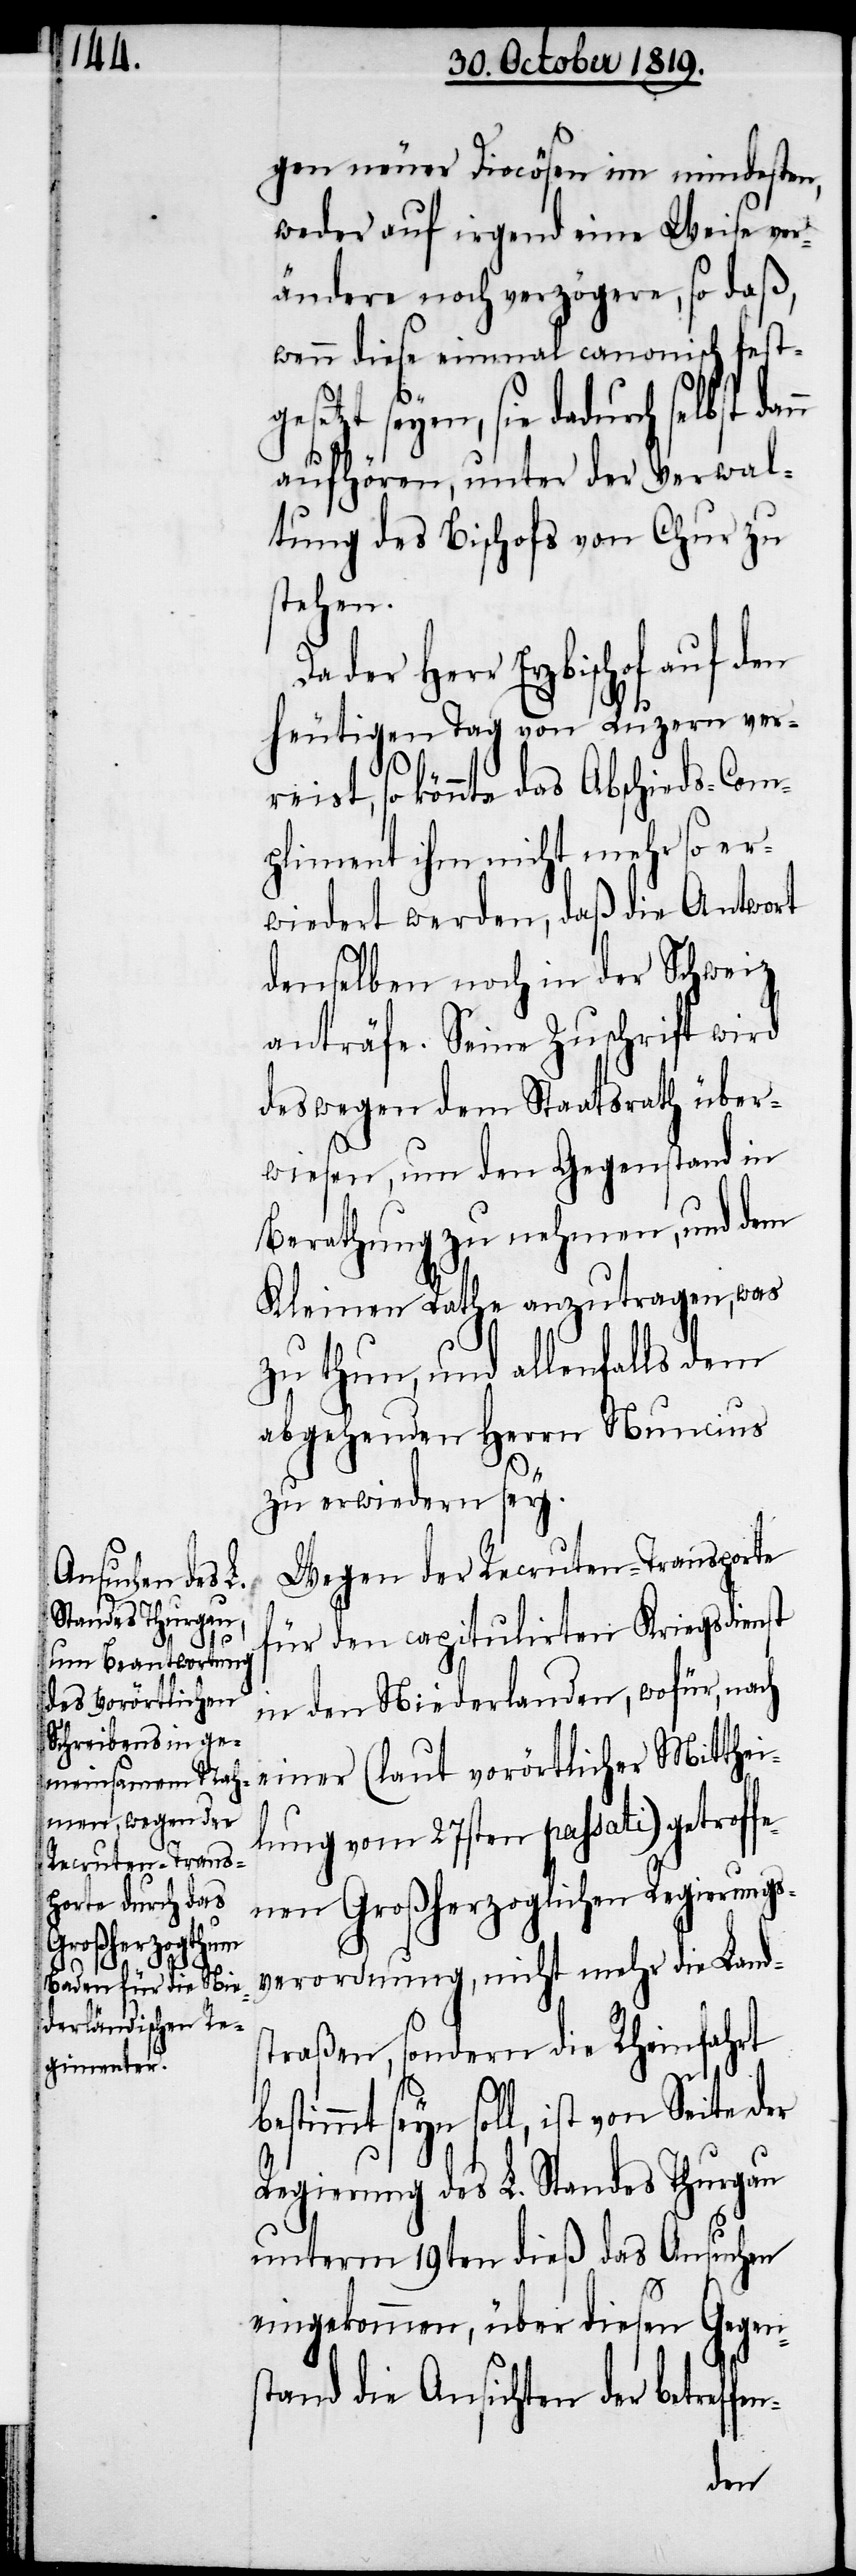
gen neuer Diocösen im mindesten,
weder auf irgend eine Weise ver¬
ändere noch verzögere, so daß,
wenn diese einmal canonisch festge¬
setzt seyen, sie dadurch selbst
aufhören, unter der Verwal¬
tung des Bischofs von Chur zu
stehen.
Herr Erzbischof auf den
heutigen Tag von Luzern ver¬
reist, so könnte das Abschieds-Com¬
pliment ihm nicht mehr so er¬
wiedert werden, daß die Antwort
denselben noch in der Schweiz
anträfe. Seine Zuschrift wird
deswegen dem Staatsrath über¬
wiesen, um den Gegenstand in
Berathung zu nehmen, und dem
Kleinen Rathe anzutragen, was
zu thun, und allenfalls dem
abgehenden Herrn Nuncius
zu erwiedern sey.
Wegen der Recruten-Transporte
für den capitulirten Kriegsdienst
in den Niederlanden, wofür, nach
einer (laut vorörtlicher Mitthei¬
lung vom 27sten passati) getroff¬
enen Großherzoglichen Regierungs¬
verordnung, nicht mehr die Lands¬
traßen sondern die Rheinfahrt
seyn soll, ist von Seite der
Regierung des L. Standes Thurgau
unterm 19ten dieß das Ansuchen
eingekommen, über diesen Gegen¬
stand die Ansichten der betreff¬
en-